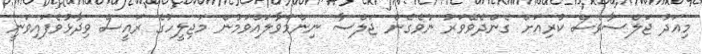
މިއަދު ޖަލްސާވެސް ކުރިއަށް ގެންދެވޭވަރު ނުވެގެން ޖަލްސާ ނިންމަވާލައްވަމުން މަޖިލީހުގެ ރައީސް ވިދާޅުވެފައިވަނީ